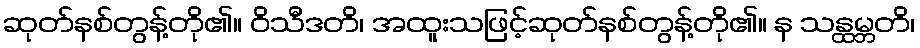
ဆုတ်နစ်တွန့်တို၏။ ဝိသီဒတိ၊ အထူးသဖြင့်ဆုတ်နစ်တွန့်တို၏။ န သန္ထမ္ဘတိ၊